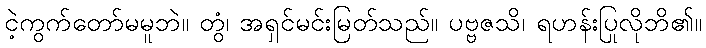
ငဲ့ကွက်တော်မမူဘဲ။ တွံ၊ အရှင်မင်းမြတ်သည်။ ပဗ္ဗဇသိ၊ ရဟန်းပြုလိုဘိ၏။